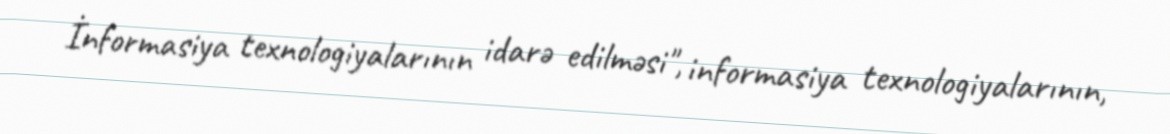
İnformasiya texnologiyalarının idarə edilməsi", informasiya texnologiyalarının,